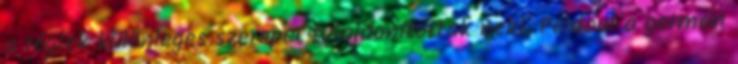
a régiek különleges szerepet tulajdonítottak neki. Például a germán